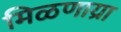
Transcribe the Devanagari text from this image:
मिळणाय्रा